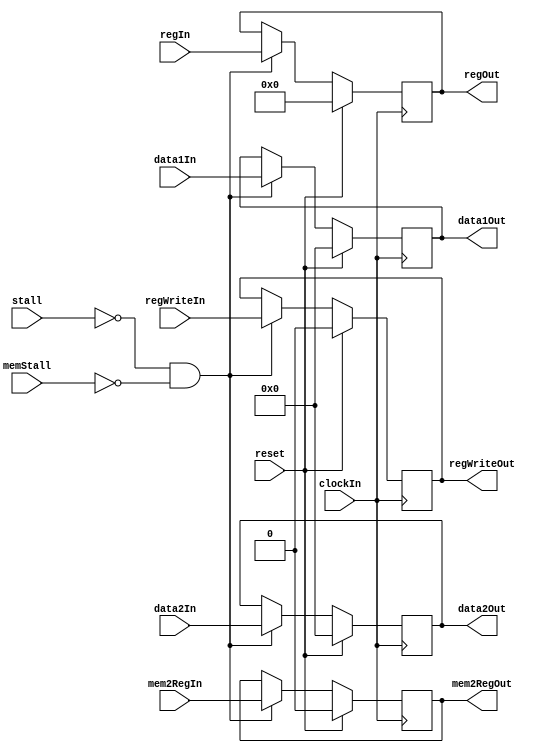
module mmwbBuf(
	                 clockIn,
	                 reset,
	                 stall,
	                 regWriteIn,
	                 mem2RegIn,
	                 data1In,
	                 data2In,
	                 regIn,
	                 regWriteOut,
	                 mem2RegOut,
	                 data1Out,
	                 data2Out,
	                 regOut,
	                 memStall
	                  );

input	clockIn;
input	reset;
input	stall;
input	regWriteIn;
input	mem2RegIn;
input 	[31:0] data1In;
input 	[31:0] data2In;
input 	[4:0] regIn;
output	reg regWriteOut;
output	reg mem2RegOut;
output	reg [31:0] data1Out;
output	reg [31:0] data2Out;
output	reg [4:0] regOut;

input memStall;

always @(posedge clockIn)
	if (reset) 
	begin
		regWriteOut <= 0;
		mem2RegOut <= 0;
		data1Out <= 0;
		data2Out <= 0;
		regOut <= 0;
	end else if (~stall && ~memStall) 
	begin
		regWriteOut <= regWriteIn;
		mem2RegOut <= mem2RegIn;
		data1Out <= data1In;
		data2Out <= data2In;
		regOut <= regIn;
	end

endmodule